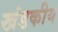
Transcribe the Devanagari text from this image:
खंडकीय